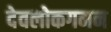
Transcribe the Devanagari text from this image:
देवलोकगमन